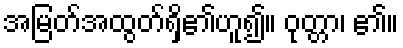
အမြတ်အထွတ်ရှိ၏ဟူ၍။ ဝုတ္တာ၊ ၏။